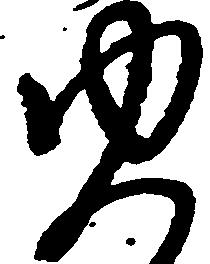
ゆ